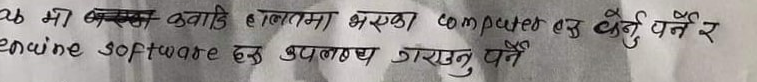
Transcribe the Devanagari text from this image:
कमा बम कवाडि हालतमा भएका computer एक धर्नु पर्ने र
enuine software हरु उपलब्ध गराउनु पर्ने